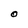
Character: O